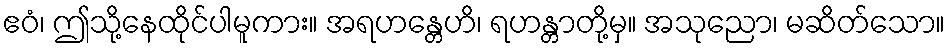
ဧဝံ၊ ဤသို့နေထိုင်ပါမူကား။ အရဟန္တေဟိ၊ ရဟန္တာတို့မှ။ အသုညော၊ မဆိတ်သော။